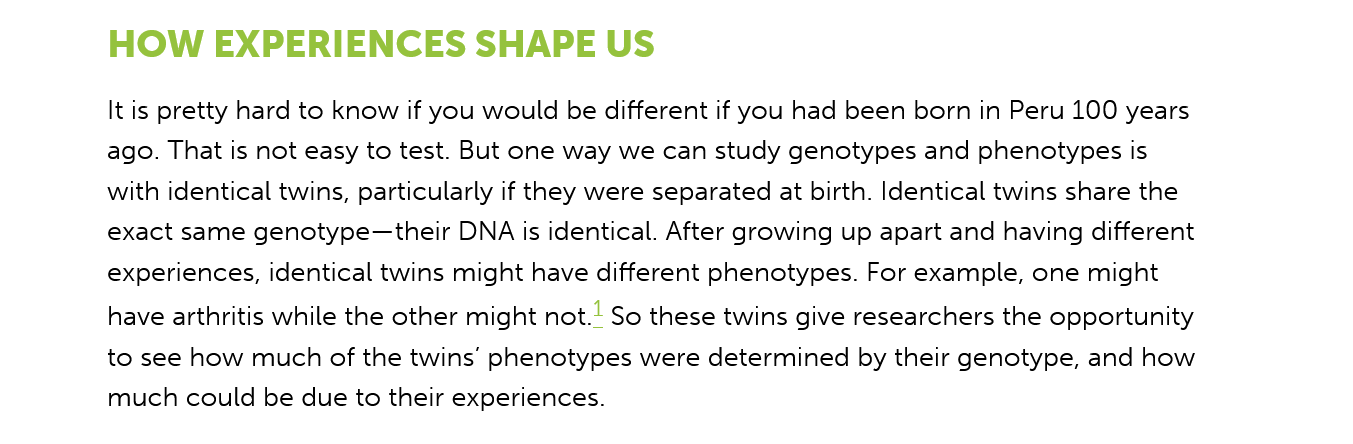
HOW    EXPERIENCES    SHAPE    US
     It is pretty hard to know if you would be different if you had been born in Peru 100 years
     ago. That is not easy to test. But one way we can study genotypes and phenotypes is
     with identical twins, particularly if they were separated at birth. Identical twins share the
     exact same genotype—their DNA is identical. After growing up apart and having different
     experiences, identical twins might have different phenotypes. For example, one might
     have arthritis while the other might not. So these twins give researchers the opportunity
     to see how much of the twins’ phenotypes were determined by their genotype, and how
     much could be due to their experiences.